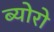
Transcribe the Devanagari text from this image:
ब्योरो